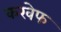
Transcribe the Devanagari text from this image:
करवेफ